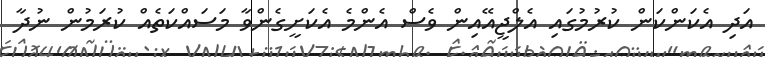
އަދި އެކަންކަން ކުރުމުގައި އެލްޖީއޭއިން ވެސް އެންމެ އެކަށީގެންވާ މަސައްކަތެއް ކުރަމުން ނުދާ